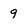
Character: 9